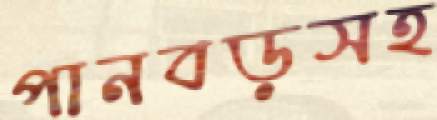
পানবড়সহ